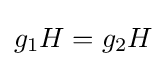
g_{1}H=g_{2}H